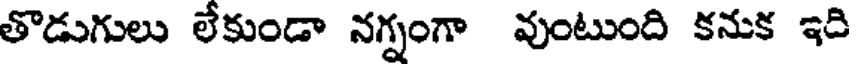
తొడుగులు లేకుండా నగ్నంగా వుంటుంది కనుక ఇది